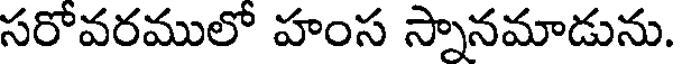
సరోవరములో హంస స్నానమాడును.